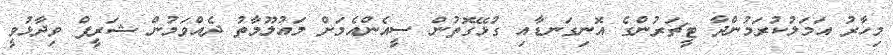
މިހާރު އަމަލުކުރަމުންދާ ޓީޗަރުންގެ އޮނިގަނޑާއި ގުޅޭގޮތުން ސީއެންއެމަށް މައުލޫމާތު ދެއްވަމުން ޝަރީފް ވިދާޅުވީ